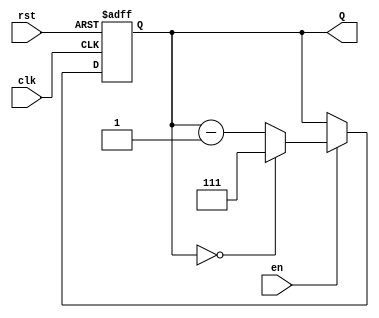
module binary_down_counter #(
    parameter WIDTH = 3,  // Width of the counter (3 bits for max value of 7)
    parameter MAX_COUNT = 2**WIDTH - 1  // Maximum count based on width
)(
    input wire clk,       // Clock signal
    input wire rst,       // Asynchronous reset signal
    input wire en,        // Enable signal for counting
    output reg [WIDTH-1:0] Q  // Output count
);

// Always block triggered on the rising edge of the clock or reset
always @(posedge clk or posedge rst) begin
    if (rst) begin
        Q <= MAX_COUNT; // Reset the counter to the maximum value
    end else if (en) begin
        if (Q == 0) begin
            Q <= MAX_COUNT; // Wrap around to maximum value when count reaches zero
        end else begin
            Q <= Q - 1; // Decrement the counter
        end
    end
end

endmodule